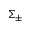
\Sigma _ { \pm }